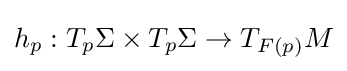
h_{p}:T_{p}\Sigma \times T_{p}\Sigma \to T_{F(p)}M